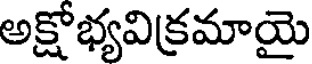
అక్షోభ్యవిక్రమాయై